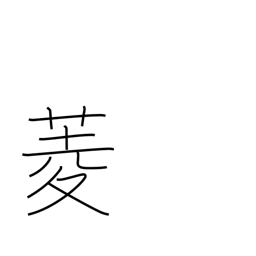
Meaning: diamond (shape)